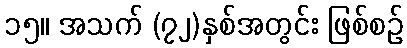
၁၅။ အသက် (၇၂)နှစ်အတွင်း ဖြစ်စဉ်